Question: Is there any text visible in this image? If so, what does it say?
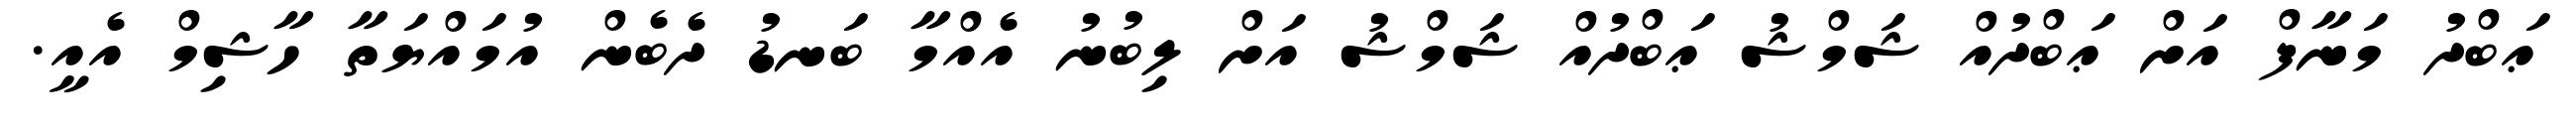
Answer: ޢަބްދު މަނާފް އަށް ޢަބްދުއް ޝަމްޝު ޢަބްދުއް ޝަމްޝު އަށް ލިބުނު އެއްމާ ބަނޑު ދެބެން އުމައްޔަތާ ހާޝިމް އެއީ.